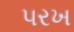
પરખ